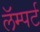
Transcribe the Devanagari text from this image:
लॅम्पर्ट